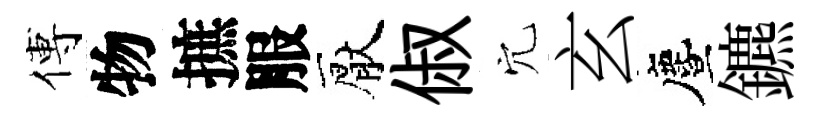
傅物摭服厭俶穴玄󵨌鑣